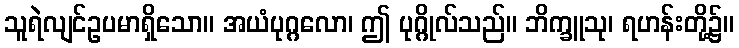
သူရဲလျင်ဥပမာရှိသော။ အယံပုဂ္ဂလော၊ ဤ ပုဂ္ဂိုလ်သည်။ ဘိက္ခူသု၊ ရဟန်းတို့၌။